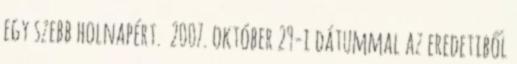
egy szebb holnapért. 2007. október 29-i dátummal az eredetiből